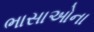
ભાસાઓના